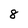
Character: 8